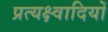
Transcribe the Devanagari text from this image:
प्रत्यक्ष्वादियों